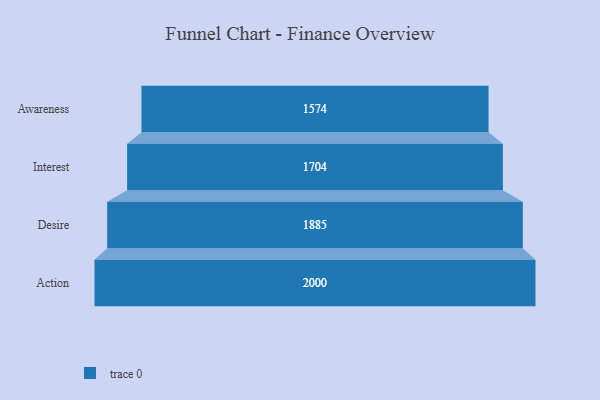
{"axis": {"x": "Stage", "y": "Value"}, "legend": [""], "data": [{"x": "Awareness", "y": 1574.0, "type": ""}, {"x": "Interest", "y": 1704.0, "type": ""}, {"x": "Desire", "y": 1885.0, "type": ""}, {"x": "Action", "y": 2000, "type": ""}]}